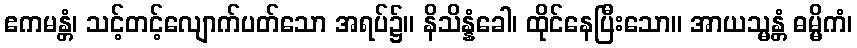
ဧကမန္တံ၊ သင့်တင့်လျောက်ပတ်သော အရပ်၌။ နိသိန္နံခေါ၊ ထိုင်နေပြီးသော။ အာယသ္မန္တံ ဓမ္မိကံ၊